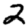
Digit: 2